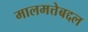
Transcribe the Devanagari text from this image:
मालमत्तेबद्दल